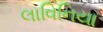
લાવિનિયા